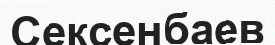
Сексенбаев